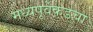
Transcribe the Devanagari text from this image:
मध्यपूर्वेकडचा